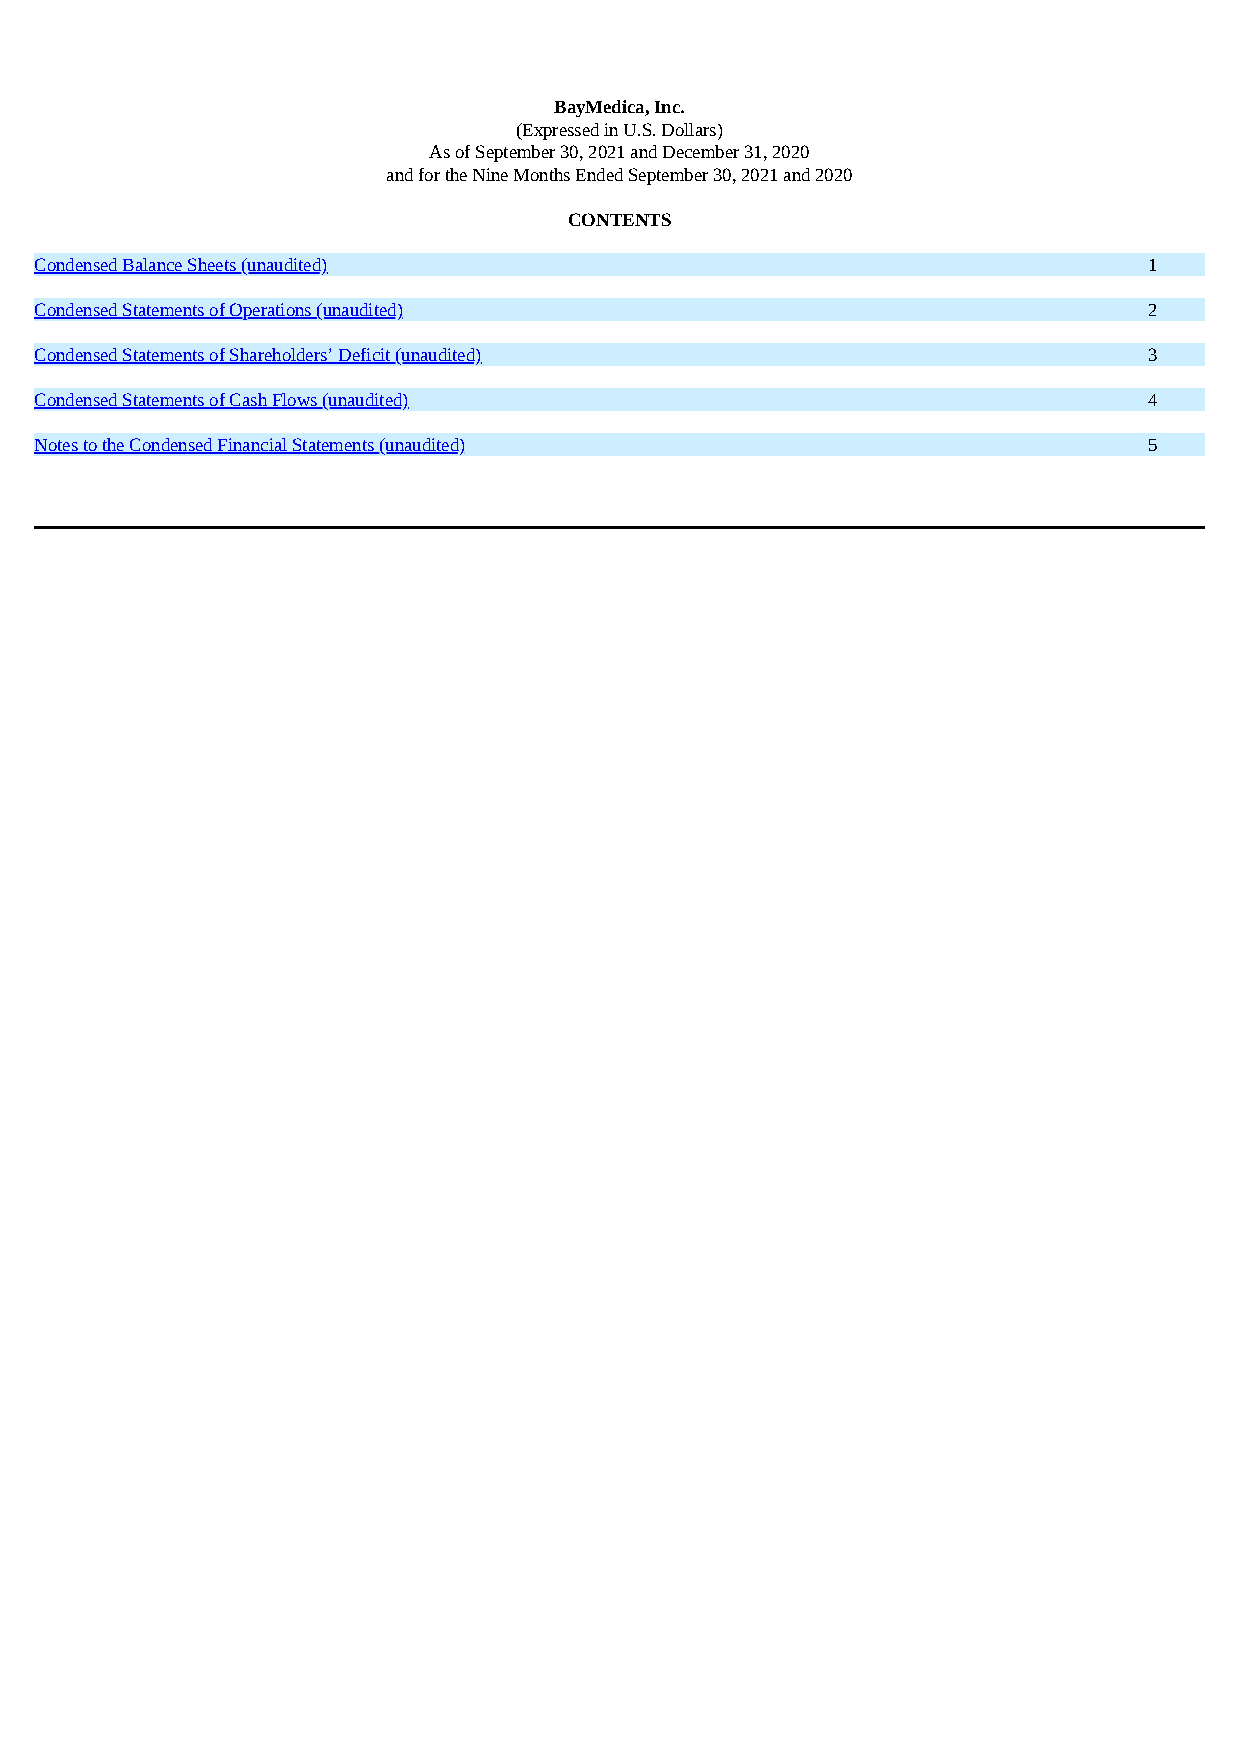
BayMedica, Inc.
 (Expressed in U.S. Dollars)
 As of September 30, 2021 and December 31, 2020
 and for the Nine Months Ended September 30, 2021 and 2020
 CONTENTS
 Condensed Balance Sheets (unaudited)                                      1
 Condensed Statements of Operations (unaudited)                            2
 Condensed Statements of Shareholders’ Deficit (unaudited)                 3
 Condensed Statements of Cash Flows (unaudited)                            4
 Notes to the Condensed Financial Statements (unaudited)                   5